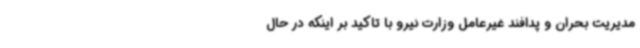
مدیریت بحران و پدافند غیرعامل وزارت نیرو با تاکید بر اینکه در حال